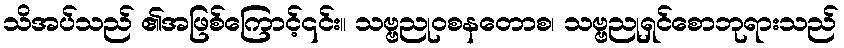
သိအပ်သည် ၏အဖြစ်ကြောင့်၎င်း။ သဗ္ဗညုဝစနတောစ၊ သဗ္ဗညုရှင်စောဘုရားသည်